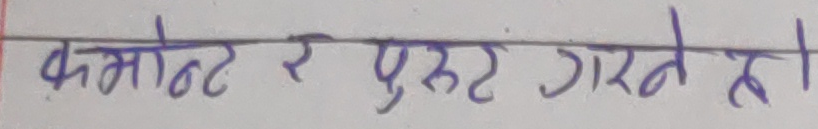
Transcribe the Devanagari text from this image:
कम्पोनेन्ट र पुस्ट गर्ने हो ।